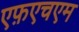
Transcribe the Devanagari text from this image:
एफ़एचएम